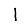
Digit: 1